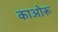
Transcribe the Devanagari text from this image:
काओरू